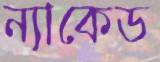
ন্যাকেড